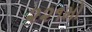
૨૨૧મો